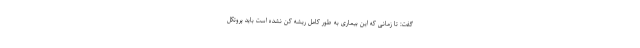
گفت: تا زمانی که این بیماری به طور کامل ریشه کن نشده است باید پروتکل